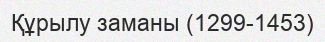
Құрылу заманы (1299-1453)